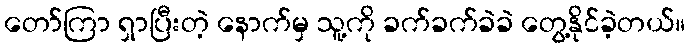
တော်ကြာ ရှာပြီးတဲ့ နောက်မှ သူ့ကို ခက်ခက်ခဲခဲ တွေ့နိုင်ခဲ့တယ်။